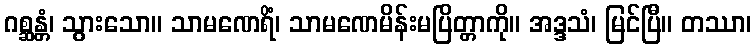
ဂစ္ဆန္တံ၊ သွားသော။ သာမဏေရိံ၊ သာမဏေမိန်းမပြိတ္တာကို။ အဒ္ဒသံ၊ မြင်ပြီ။ တဿာ၊